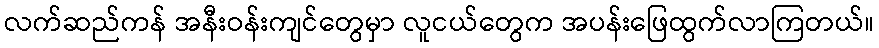
လက်ဆည်ကန် အနီးဝန်းကျင်တွေမှာ လူငယ်တွေက အပန်းဖြေထွက်လာကြတယ်။